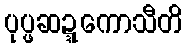
ပုပ္ဖဆဍ္ဍကောသီတိ